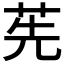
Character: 𦭶